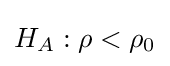
H_{A}:\rho <\rho _{0}